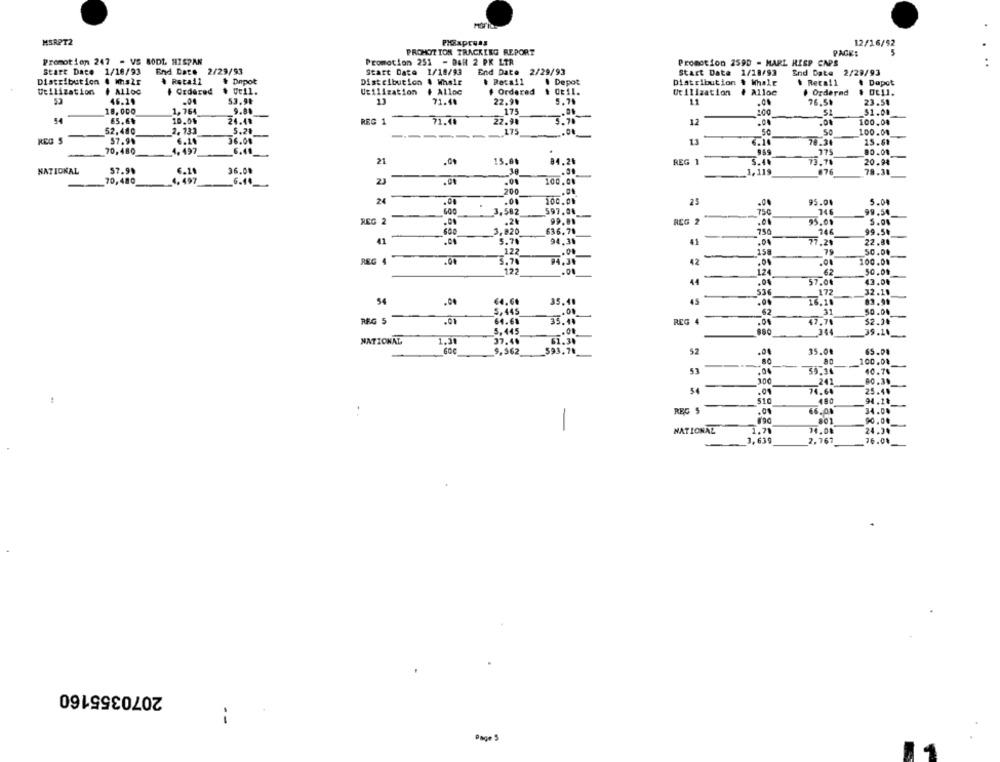
MSRPT2
PHExpress
12/16/92
PROMOTION TRACKING REPORT
PAGES
5
Promotion 247 - VS BODL HISPAN
Promotion 251 - Dalt 2 PK LTR
Promotion 2590 - MARL RISP CAPS
Start Date 1/18/93
End Date 2/29/93
Start Date 1/18/93
End Date 2/29/93
Start Date 1/28/93
End Date 2/29/93
Distribution & Mshr
. Retail
$ Depot
Distribution & Whsir
. Depot
Distribution & Whale
. Retail
# Dapot
Utilization
# Alloc
# Ordered
Uell.
Utilization
# Alloc
# Ordered
Utilization
# Alloc
. Ordernd
. Ot11.
52
46.29
53.9₺
11
71.4.
22.9%
76.5₺
23.59
18.000
1,764
9.81
175
100
51
$1.00
54
£5.6%
10.04
24.41
REG 1
71.40
22.98
5.78
12
.00
.01
100.04
2. 131
5.21
17
52,480
--------
50
100.08
REG S
57.99
36.01
13
6.10
70.34
70,480
4.497
6.41
775
80.00
21
84.26
REG 1
5.40
20.94
15.80
73.78
NATIONAL
57.99
6.11
36.00
1,119
676
78.31
70,480
4.497
6.44
23
.00
.01
100.00
200
24
.00
.00
100.00
25
95.04
5.00
3,582
597.06
750
99.54
REG 2
-
.20
99.00
REG 2
95.01
3.920
636.70
750
146
99.5
41
.00
5.70
94,38
41
77.29
22.81
127
150
79
50.00
REG 4
5.78
04.34
42
100.00
122
1.24
62
50.01
44
.04
57.00
43.00
173
536
32.10
54
.04
€4,60
35.41
45
16.10
69.90
5,445
.00
62
31
50.04
REG 5
.01
64.68
35.41
REG 4
47.71
$2.24
5.445
.. 00
344
39.10
NATIONAL
1.31
37.4.
61.30
600
9.562
593,78
52
35.00
65.00
80
100.08
53
59.34
10.74
100
241
80.39
-
54
.01
74.64
25.48
510
480
94.18
REG $
.01
66.08
34.00
201
-
NATIONAL
1.71
74.08
24.20
3,639
2,767
76.01
2070355160
--